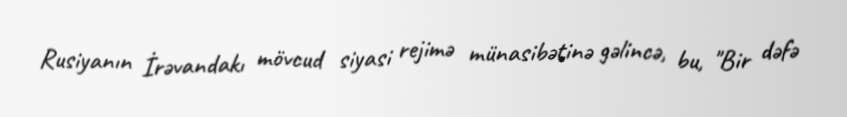
Rusiyanın İrəvandakı mövcud siyasi rejimə münasibətinə gəlincə, bu, "Bir dəfə